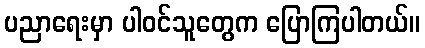
ပညာရေးမှာ ပါဝင်သူတွေက ပြောကြပါတယ်။